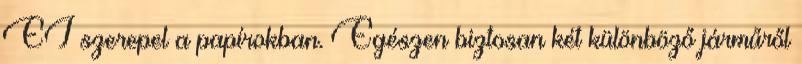
EI szerepel a papírokban. Egészen biztosan két különböző járműről